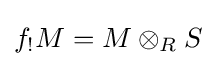
f_{!}M=M\otimes _{R}S